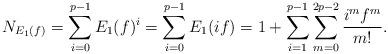
LaTeX: \begin{align*}N_{E_1(f)} = \sum_{i=0}^{p-1} E_1(f)^i = \sum_{i=0}^{p-1} E_1(if) = 1+\sum_{i=1}^{p-1} \sum_{m=0}^{2p-2} \frac{i^mf^m}{m!}.\end{align*}